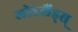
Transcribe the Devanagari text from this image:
लोऽलैंड्स्